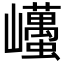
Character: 𡿋